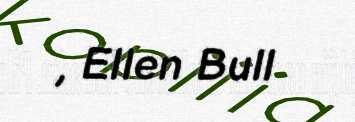
, Ellen Bull